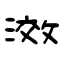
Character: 滧